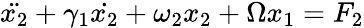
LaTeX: \ddot{x_{2}}+\gamma_{1}\dot{x_{2}}+\omega_{2}x_{2}+\Omega x_{1}=F_{2}